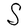
Character: S